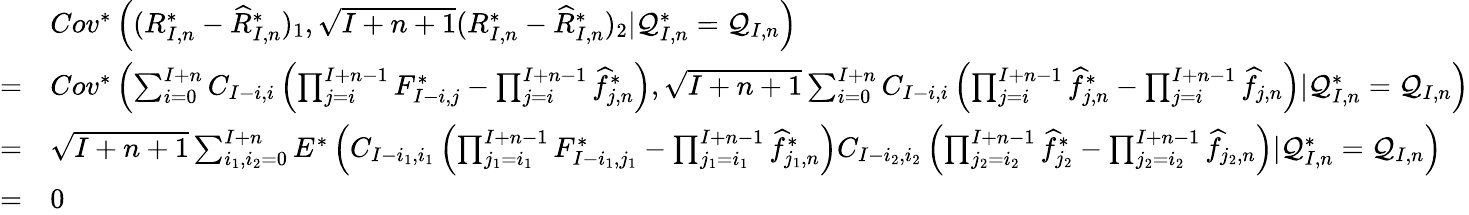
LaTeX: \begin{array}{rl}&{Cov^{*}\left((R_{I,n}^{*}-\widehat R_{I,n}^{*})_{1},\sqrt{I+n+1}(R_{I,n}^{*}-\widehat R_{I,n}^{*})_{2}|\mathcal{Q}_{I,n}^{*}=\mathcal{Q}_{I,n}\right)}\\ {=}&{Cov^{*}\left(\sum_{i=0}^{I+n}C_{I-i,i}\left(\prod_{j=i}^{I+n-1}F_{I-i,j}^{*}-\prod_{j=i}^{I+n-1}{\widehat f}_{j,n}^{*}\right),\sqrt{I+n+1}\sum_{i=0}^{I+n}C_{I-i,i}\left(\prod_{j=i}^{I+n-1}{\widehat f}_{j,n}^{*}-\prod_{j=i}^{I+n-1}\widehat{f}_{j,n}\right)|\mathcal{Q}_{I,n}^{*}=\mathcal{Q}_{I,n}\right)}\\ {=}&{\sqrt{I+n+1}\sum_{i_{1},i_{2}=0}^{I+n}E^{*}\left(C_{I-i_{1},i_{1}}\left(\prod_{j_{1}=i_{1}}^{I+n-1}F_{I-i_{1},j_{1}}^{*}-\prod_{j_{1}=i_{1}}^{I+n-1}{\widehat f}_{j_{1},n}^{*}\right)C_{I-i_{2},i_{2}}\left(\prod_{j_{2}=i_{2}}^{I+n-1}{\widehat f}_{j_{2}}^{*}-\prod_{j_{2}=i_{2}}^{I+n-1}\widehat{f}_{j_{2},n}\right)|\mathcal{Q}_{I,n}^{*}=\mathcal{Q}_{I,n}\right)}\\ {=}&{0}\end{array}